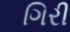
ગિરી